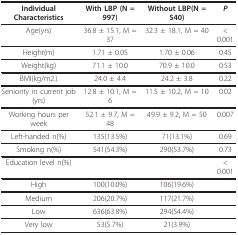
<table><thead><tr><td><b>Individual Characteristics</b></td><td><b>With LBP (N = 997)</b></td><td><b>Without LBP(N = 540)</b></td><td><b><i>P</i></b></td></tr></thead><tbody><tr><td>Age(yrs)</td><td>36.8 ± 15.1, M = 37</td><td>32.3 ± 18.1, M = 40</td><td>&lt; 0.001</td></tr><tr><td>Height(m)</td><td>1.71 ± 0.05</td><td>1.70 ± 0.06</td><td>0.45</td></tr><tr><td>Weight(kg)</td><td>71.1 ± 10.0</td><td>70.9 ± 10.0</td><td>0.53</td></tr><tr><td>BMI(kg/m2.)</td><td>24.0 ± 4.4</td><td>24.2 ± 3.8</td><td>0.22</td></tr><tr><td>Seniority in current job(yrs)</td><td>12.8 ± 10.1, M = 6</td><td>11.5 ± 10.2, M = 10</td><td>0.02</td></tr><tr><td>Working hours per week</td><td>52.1 ± 9.7, M = 48</td><td>49.9 ± 9.2, M = 50</td><td>0.007</td></tr><tr><td>Left-handed n(%)</td><td>135(13.5%)</td><td>71(13.1%)</td><td>0.69</td></tr><tr><td>Smoking n(%)</td><td>541(54.3%)</td><td>290(53.7%)</td><td>0.73</td></tr><tr><td>Education level n(%)</td><td></td><td></td><td>&lt; 0.001</td></tr><tr><td>High</td><td>100(10.0%)</td><td>106(19.6%)</td><td></td></tr><tr><td>Medium</td><td>206(20.7%)</td><td>117(21.7%)</td><td></td></tr><tr><td>Low</td><td>636(63.8%)</td><td>294(54.4%)</td><td></td></tr><tr><td>Very low</td><td>53(5.7%)</td><td>21(3.9%)</td><td></td></tr></tbody></table>